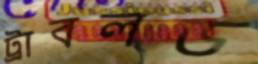
ট্রাবলড